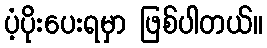
ပံ့ပိုးပေးရမှာ ဖြစ်ပါတယ်။